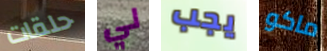
حلقات لي يجب ماكو